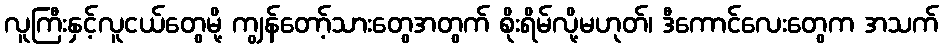
လူကြီးနှင့်လူငယ်တွေမို့ ကျွန်တော့်သားတွေအတွက် စိုးရိမ်လို့မဟုတ်၊ ဒီကောင်လေးတွေက အသက်